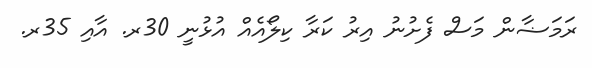
ރަމަޟާން މަސް ފެށުނު އިރު ކަރާ ކިލޯއެއް އުޅުނީ 30ރ. އާއި 35ރ.